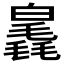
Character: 𣰗